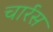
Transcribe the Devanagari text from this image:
चार्रस